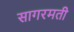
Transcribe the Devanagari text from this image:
सागरमती